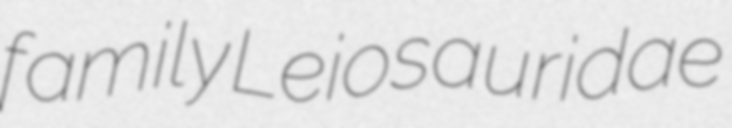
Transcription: family Leiosauridae